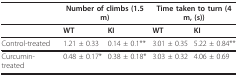
<table><thead><tr><td></td><td colspan="2"><b>Number of climbs (1.5 m)</b></td><td colspan="2"><b>Time taken to turn (4 m, (s))</b></td></tr></thead><tbody><tr><td></td><td><b>WT</b></td><td><b>KI</b></td><td><b>WT</b></td><td><b>KI</b></td></tr><tr><td>Control-treated</td><td>1.21 ± 0.33</td><td>0.14 ± 0.1**</td><td>3.01 ± 0.35</td><td>5.22 ± 0.84**</td></tr><tr><td>Curcumin-treated</td><td>0.48 ± 0.17*</td><td>0.38 ± 0.18*</td><td>3.03 ± 0.32</td><td>4.06 ± 0.69</td></tr></tbody></table>